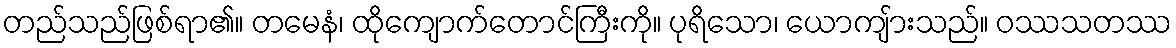
တည်သည်ဖြစ်ရာ၏။ တမေနံ၊ ထိုကျောက်တောင်ကြီးကို။ ပုရိသော၊ ယောကျ်ားသည်။ ဝဿသတဿ